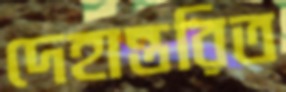
দেহান্তরিত